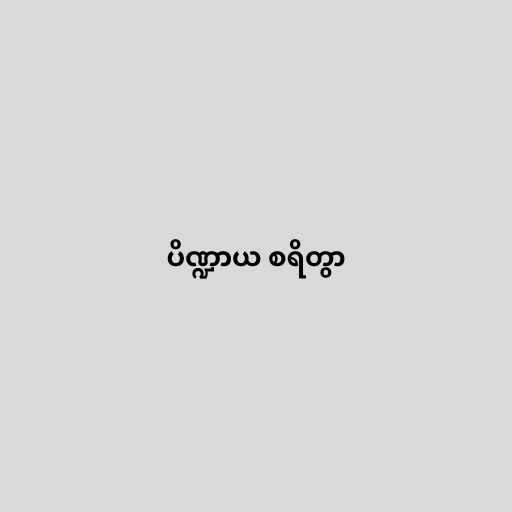
ပိဏ္ဍာယ စရိတွာ